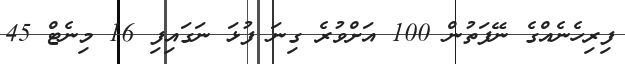
ފިރިހެނެއްގެ ނޭފަތުން 100 އަށްވުރެ ގިނަ ފުޅަ ނަގައިފި 16 މިނެޓް 45